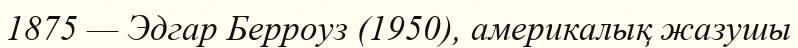
1875 — Эдгар Берроуз (1950), америкалық жазушы